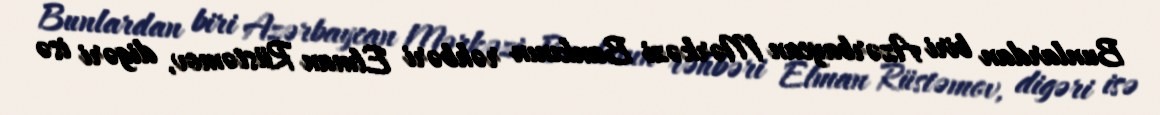
Bunlardan biri Azərbaycan Mərkəzi Bankının rəhbəri Elman Rüstəmov, digəri isə